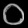
Digit: ၀